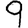
Digit: 9